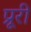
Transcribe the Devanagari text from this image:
प्रूरी